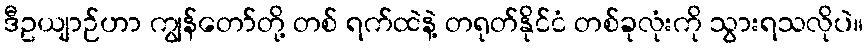
ဒီဥယျာဉ်ဟာ ကျွန်တော်တို့ တစ် ရက်ထဲနဲ့ တရုတ်နိုင်ငံ တစ်ခုလုံးကို သွားရသလိုပဲ။